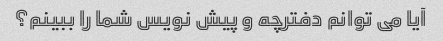
آیا می توانم دفترچه و پیش نویس شما را ببینم؟